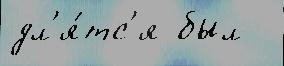
дл'я́тс'я был